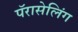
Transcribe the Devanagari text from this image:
पॅरासेलिंग